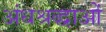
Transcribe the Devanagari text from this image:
अंधश्रद्धाओं